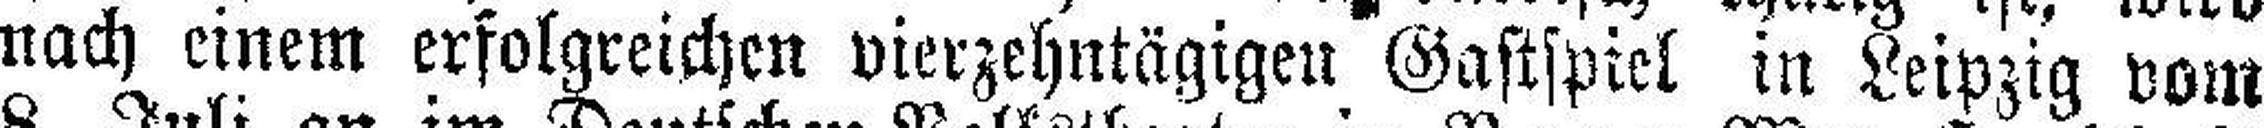
nach einem erfolgreichen vierzehntägigen Gastspiel in Leipzig vom